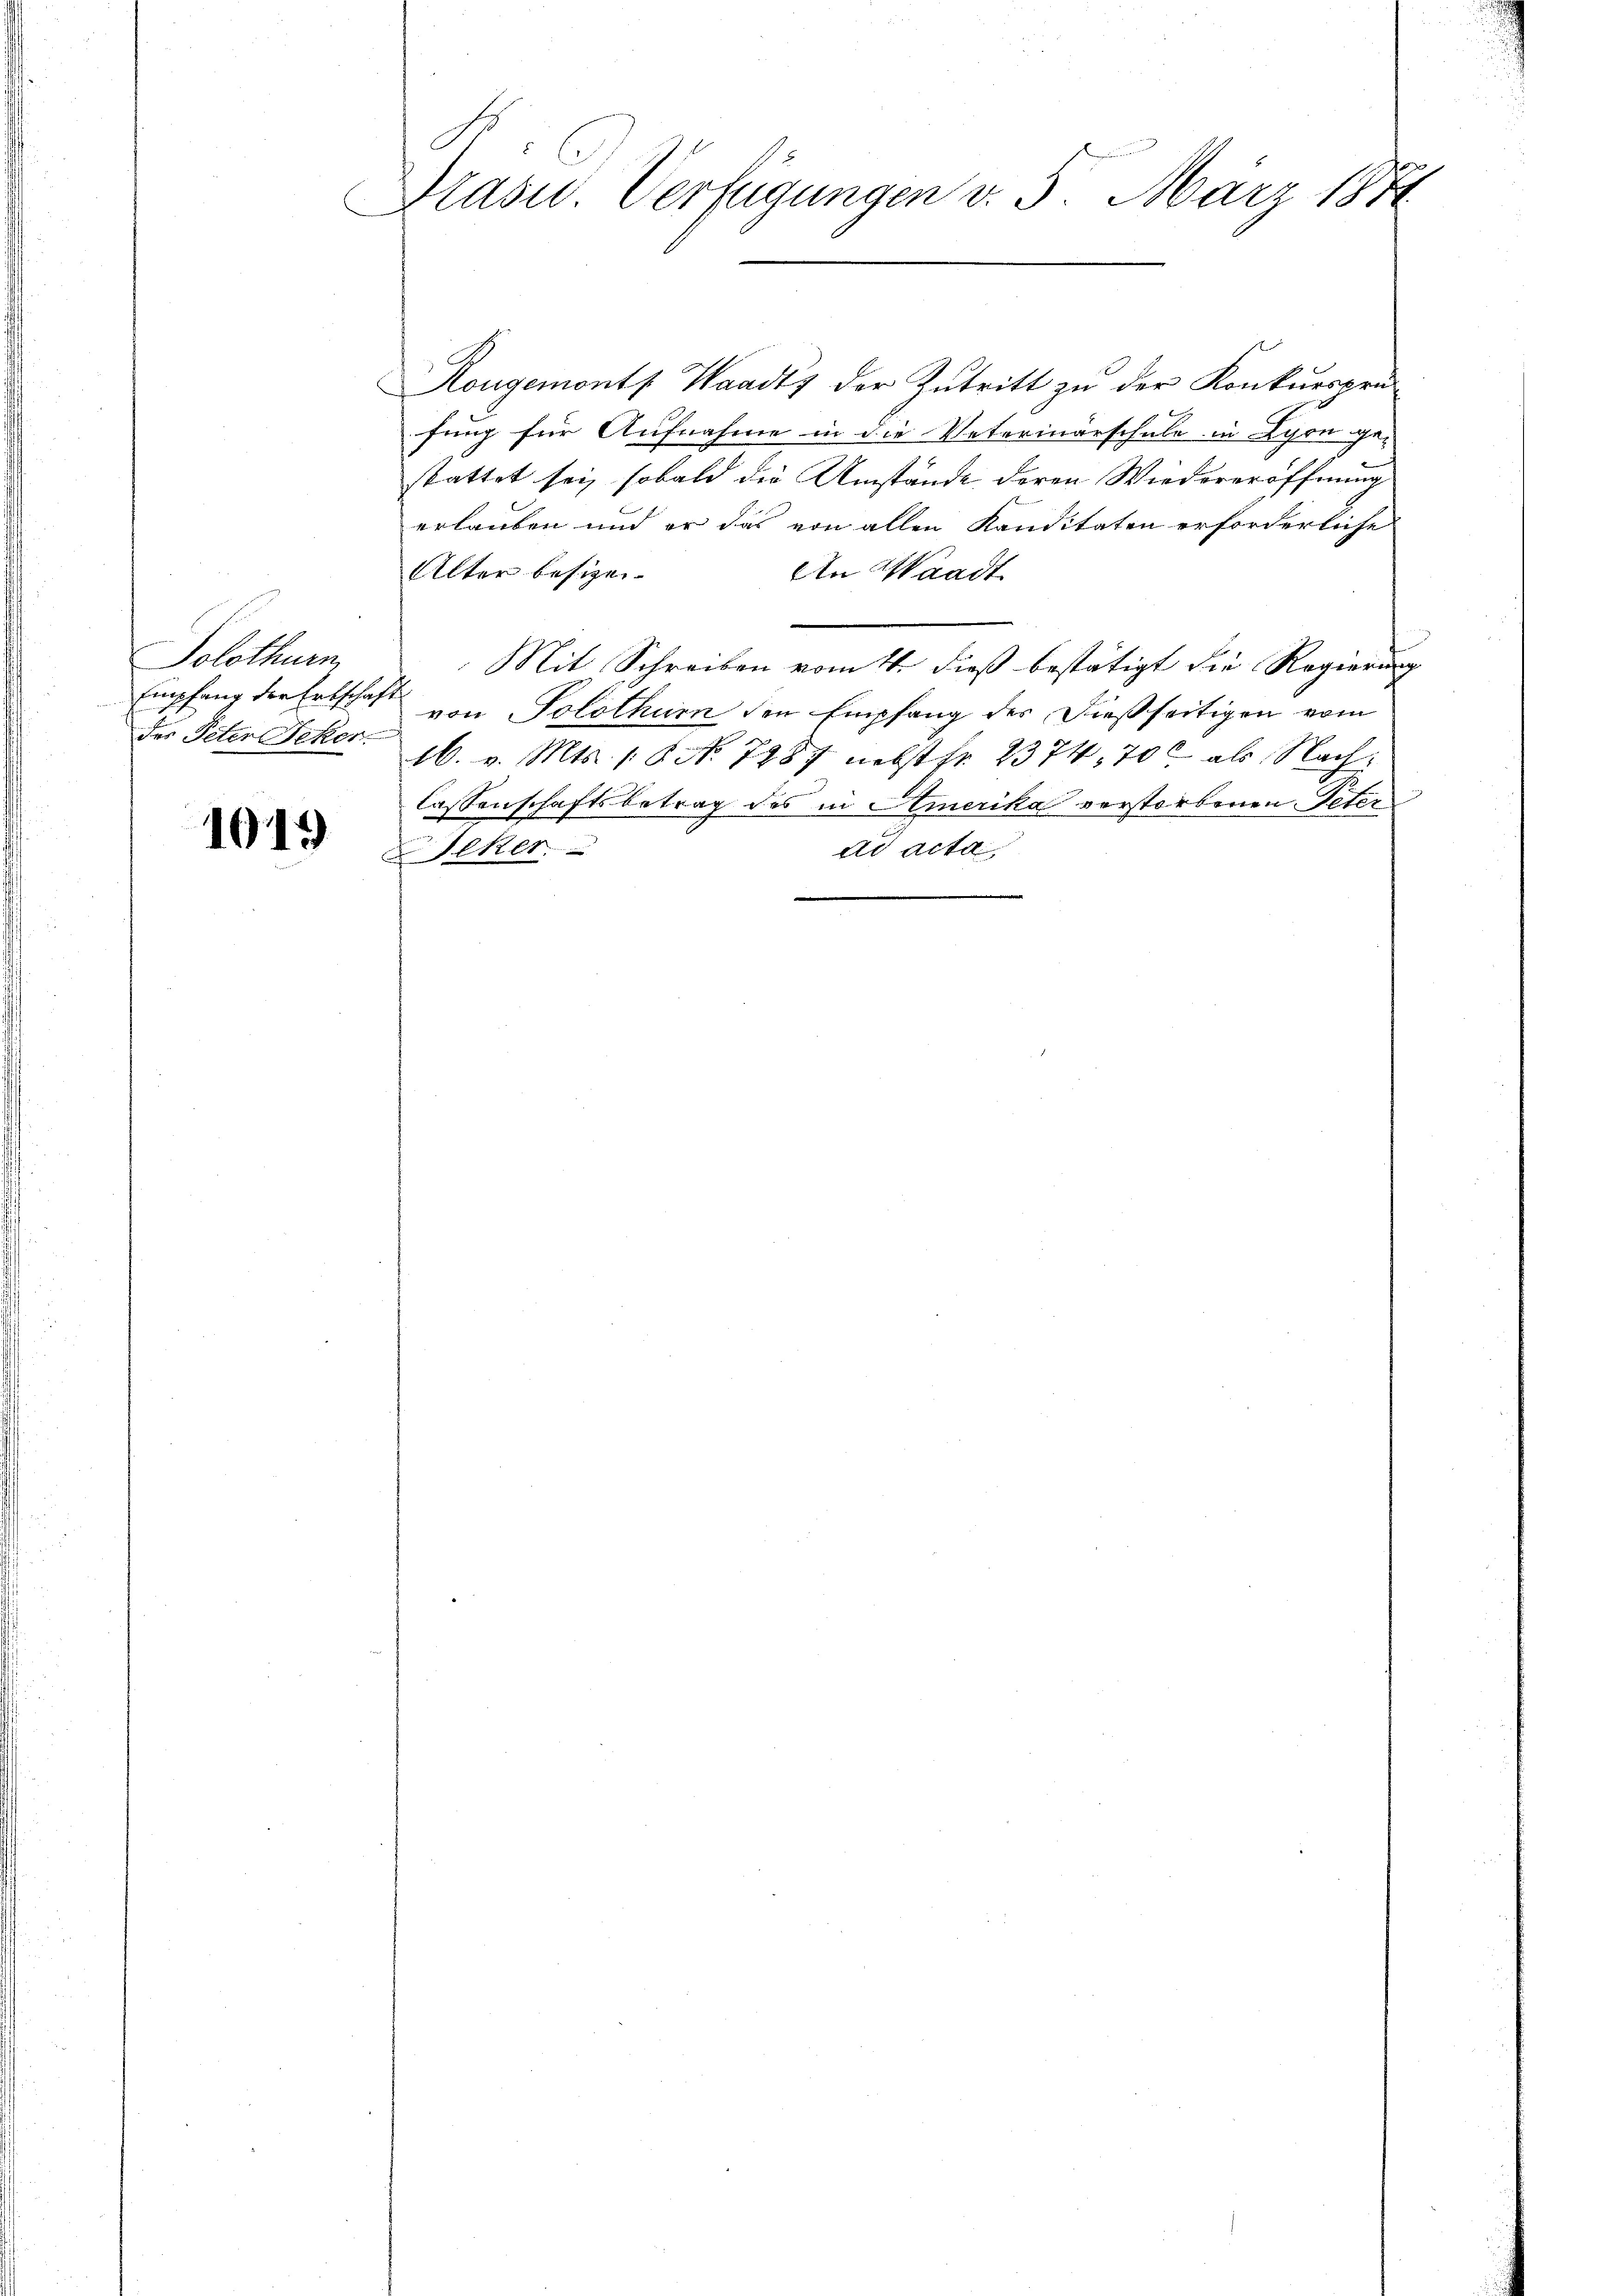
Solothurn
Empfang der Erbschaft

1019

Präsid. Verfügungen v. 5. März 1871

Rongemonts Waadt, der Zutritt zu der Konkursprafung für Aufnahme in die Veterinarschule in Lyon ge-
stattet sei, sobald die Umstände deren Wiedereröffnung
erlauben und er das von allen Kanditäten erforderliche
Alter besizei¬
An Waadt
Mit Schreiben vom 4. dieß bestätigt die Regierung
von Solothur den Empfang des dießseitigen vom
des Peter Beker. 16. v. Mts. 18. No. 7787 nebst fr. 2374, 700 als Nachlassenschaftsbetrag des in Amerika verstorbenen Toten
ad acta
eker